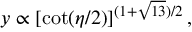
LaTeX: y \propto \left[ \cot ( \eta / 2 ) \right] ^ { ( 1 + \sqrt { 1 3 } ) / 2 } ,